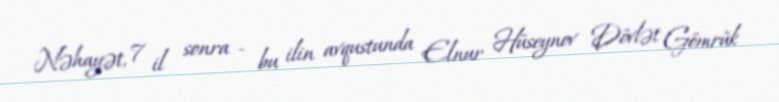
Nəhayət, 7 il sonra - bu ilin avqustunda Elnur Hüseynov Dövlət Gömrük